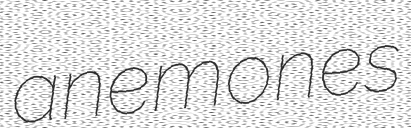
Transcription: anemones